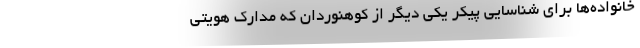
خانواده‌ها برای شناسایی پیکر یکی دیگر از کوهنوردان که مدارک هویتی